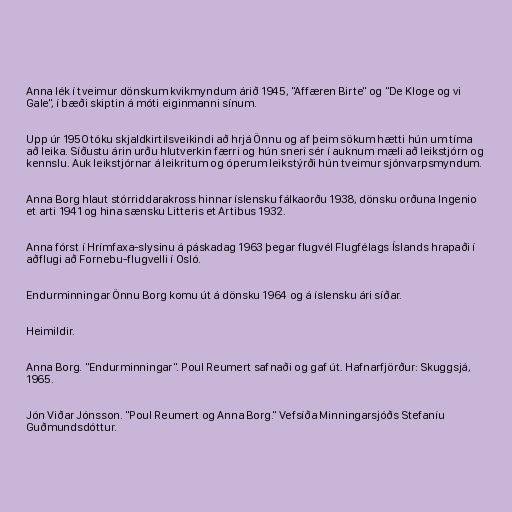
Anna lék í tveimur dönskum kvikmyndum árið 1945, "Affæren Birte" og "De Kloge og vi
Gale", í bæði skiptin á móti eiginmanni sínum.

Upp úr 1950 tóku skjaldkirtilsveikindi að hrjá Önnu og af þeim sökum hætti hún um tíma
að leika. Síðustu árin urðu hlutverkin færri og hún sneri sér í auknum mæli að leikstjórn og
kennslu. Auk leikstjórnar á leikritum og óperum leikstýrði hún tveimur sjónvarpsmyndum.

Anna Borg hlaut stórriddarakross hinnar íslensku fálkaorðu 1938, dönsku orðuna Ingenio
et arti 1941 og hina sænsku Litteris et Artibus 1932.

Anna fórst í Hrímfaxa-slysinu á páskadag 1963 þegar flugvél Flugfélags Íslands hrapaði í
aðflugi að Fornebu-flugvelli í Osló.

Endurminningar Önnu Borg komu út á dönsku 1964 og á íslensku ári síðar.

Heimildir.

Anna Borg. "Endurminningar". Poul Reumert safnaði og gaf út. Hafnarfjörður: Skuggsjá,
1965.

Jón Viðar Jónsson. "Poul Reumert og Anna Borg." Vefsíða Minningarsjóðs Stefaníu
Guðmundsdóttur.